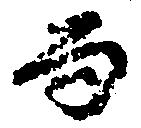
而